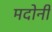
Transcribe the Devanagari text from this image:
मदोनी